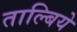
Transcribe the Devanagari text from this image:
ताल्बिये